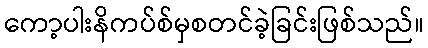
ကော့ပါးနိကပ်စ်မှစတင်ခဲ့ခြင်းဖြစ်သည်။